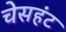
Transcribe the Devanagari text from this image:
चेसहंट